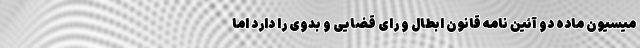
میسیون ماده دو آئین نامه قانون ابطال و رای قضایی و بدوی را دارد اما